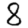
Digit: 8